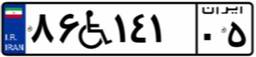
۸۶W۱۴۱۰۵